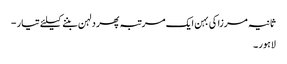
ثانیہ مرزا کی بہن ایک مرتبہ پھر دلہن بننے کیلئے تیار -
لاہور ۔